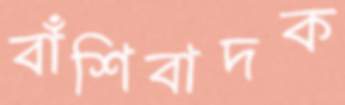
বাঁশিবাদক